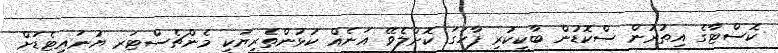
ކޮސްޓާގެ އިތުރުން ސްކޮޑުން ބާކީކުރި ފާހަގަ ކޮށްލެވޭ އަނެއް ކުޅުންތެރިޔަކީ މެންޗެސްޓަރ ޔުނައިޓެޑަށް